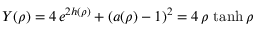
Y ( \rho ) = 4 \, e ^ { 2 h ( \rho ) } + \left( a ( \rho ) - 1 \right) ^ { 2 } = 4 \, \rho \, \operatorname { t a n h } \rho \quad